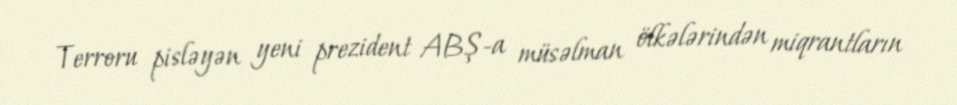
Terroru pisləyən yeni prezident ABŞ-a müsəlman ölkələrindən miqrantların